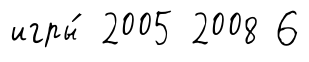
игры́ 2005 2008 6